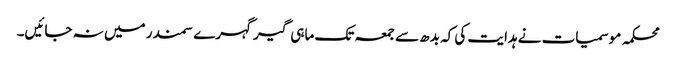
محکمہ موسمیات نے ہدایت کی کہ بدھ سے جمعہ تک ماہی گیرگہرے سمندر میں نہ جائیں۔